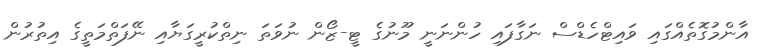
އާންމުގޮތެއްގައި ވައިޓްހެޑްސް ނަގާފައި ހުންނަނީ މޫނުގެ ޓީ-ޒޯން ނުވަތަ ނިތްކުރީގަޔާއި ނޭފަތްމަތީގެ އިތުރުން